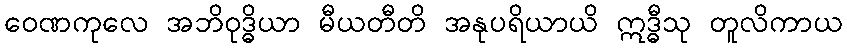
ဝေဏကုလေ အဘိဝုဒ္ဓိယာ မီယတီတိ အနုပရိယာယိ ဣဒ္ဓီသု တူလိကာယ